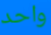
واحد